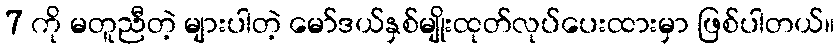
7 ကို မတူညီတဲ့ များပါတဲ့ မော်ဒယ်နှစ်မျိုးထုတ်လုပ်ပေးထားမှာ ဖြစ်ပါတယ်။